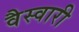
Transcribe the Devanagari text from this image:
वैस्वारी